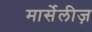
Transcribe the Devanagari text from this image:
मार्सेलीज़